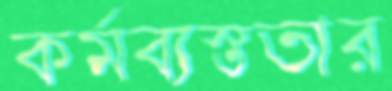
কর্মব্যস্ততার